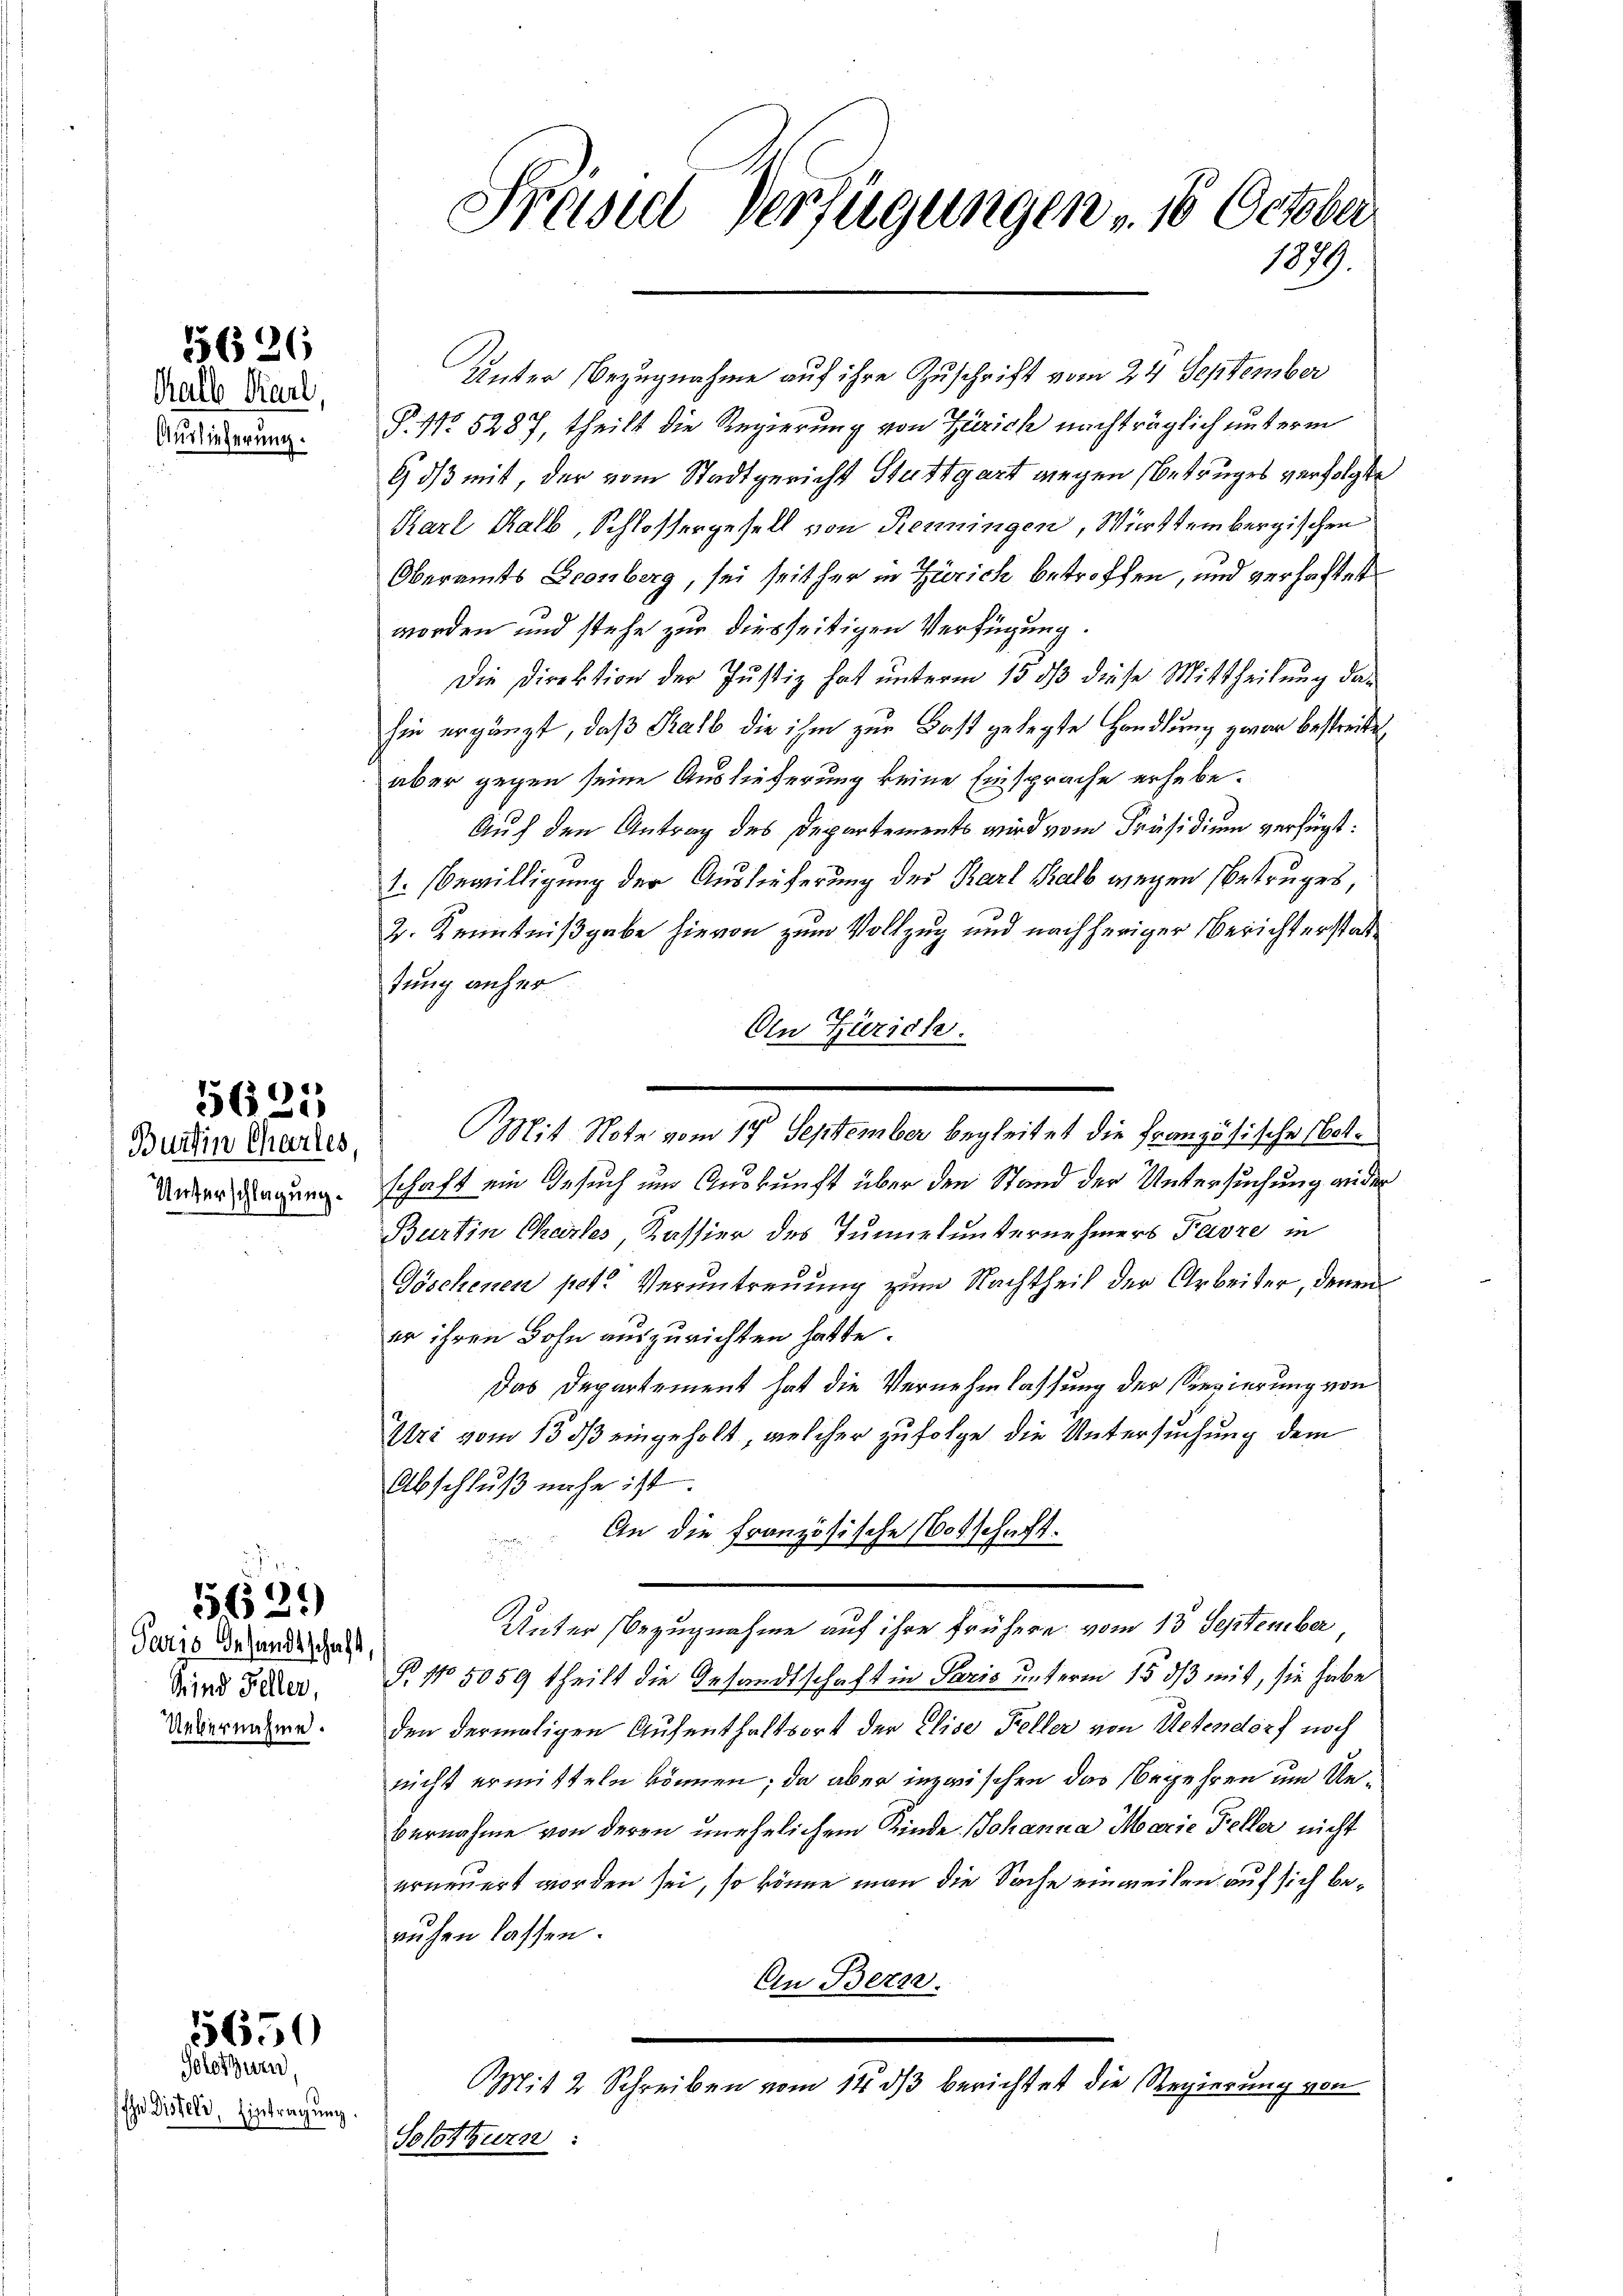
Kalb Karl,
Auslieferung.

5626

Burtin Charles

5625

Sind Feller,
Uebernahme.

5629
Paris desandtschaft,

Ihn Dissel, Eintragung.

5650
Solothurn,

Präsid Verfügungen „ 16 October
1889.

Unter Bezugnahme auf ihre Zuschrift vom 24 September
P. No 5287, theilt die Regierung von Zürich nachträglich unterm
6) ds mit, der vom Stadtgericht Stuttgart wegen Betruges verfolgte
Karl Kalb, Schloßergesell von Renningen, Württembergischen
Oberamts Econberg, sei seither in Zürich betroffen, und verhaftet
worden und stehe zur diesseitigen Verfügung.
Die Direktion der Justiz hat unterm 15. dß diese Mittheilung dahin ergänzt, daß Kalb die ihm zur Fast gelegte Handlung zwar bestreitet,
aber gegen seine Auslieferung keine Einsprache erhebe.
Auf den Antrag des Departements wird vom Präsidium verfügt:
1. Bewilligung der Auslieferung der Karl Kalb wegen Betruges,
2. Kenntnißgabe hievon zum Vollzug und nachheriger Berichterstattung anher
An Zürich.
Mit Note vom 17. September begleitet die Französische Not.
Under Regung. schaft ein Gesuch um Auskunft über den Stand der Untersuchung ander
Burtin Chartes Kassier des Tunnelunternehmers Favre in
Göschenen pet. Veruntreuung zum Nachtheil der Arbeiter, denen
er ihren Bohn auszurichten hatte.
Das Departement hat die Vernehmlassung der Regierung von
Uri vom 13. ds eingeholt, welcher zufolge die Untersuchung dem
Abschluß nahe ist.
An die Französische Botschaft.
Unter Bezugnahme auf ihre frühere vom 13 September
B 15059 theilt die Gesandtschaft in Paris unterm 15. ds mit, sie habe
den dermaligen Aufenthaltsort der Elise Feller von Actendorf noch
nicht ermitteln können; da aber inzwischen das begehren um Unbernahme von deren unehelichem Kinde Johanna Marie Feller nicht
erneuert worden sei, so könne man die Sache einweilen auf sich beauhen lassen.
An Bern.
Mit 2 Schreiben vom 14. dβ berichtet die Regierung von
Solothurn :